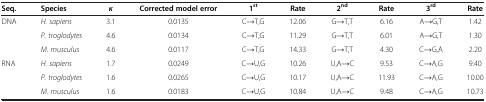
<table><thead><tr><td><b>Seq.</b></td><td><b>Species</b></td><td><b><i>κ</i></b></td><td><b>Corrected model error</b></td><td><b>1<sup>st</sup></b></td><td><b>Rate</b></td><td><b>2<sup>nd</sup></b></td><td><b>Rate</b></td><td><b>3<sup>rd</sup></b></td><td><b>Rate</b></td></tr></thead><tbody><tr><td rowspan="3">DNA</td><td><i>H. sapiens</i></td><td>3.1</td><td>0.0135</td><td>C→T,G</td><td>12.06</td><td>G→T,T</td><td>6.16</td><td>A→G,T</td><td>1.42</td></tr><tr><td><i>P. troglodytes</i></td><td>4.6</td><td>0.0134</td><td>C→T,G</td><td>11.29</td><td>G→T,T</td><td>6.01</td><td>A→G,T</td><td>1.30</td></tr><tr><td><i>M. musculus</i></td><td>4.6</td><td>0.0117</td><td>C→T,G</td><td>14.33</td><td>G→T,T</td><td>4.30</td><td>C→G,A</td><td>2.20</td></tr><tr><td rowspan="2">RNA</td><td><i>H. sapiens</i></td><td>1.7</td><td>0.0249</td><td>C→U,G</td><td>10.26</td><td>U,A→C</td><td>9.53</td><td>C→A,G</td><td>9.40</td></tr><tr><td><i>P. troglodytes</i></td><td>1.6</td><td>0.0265</td><td>C→U,G</td><td>10.17</td><td>U,A→C</td><td>11.93</td><td>C→A,G</td><td>10.00</td></tr><tr><td> </td><td><i>M. musculus</i></td><td>1.6</td><td>0.0183</td><td>C→U,G</td><td>10.84</td><td>U,A→C</td><td>9.48</td><td>C→A,G</td><td>10.73</td></tr></tbody></table>